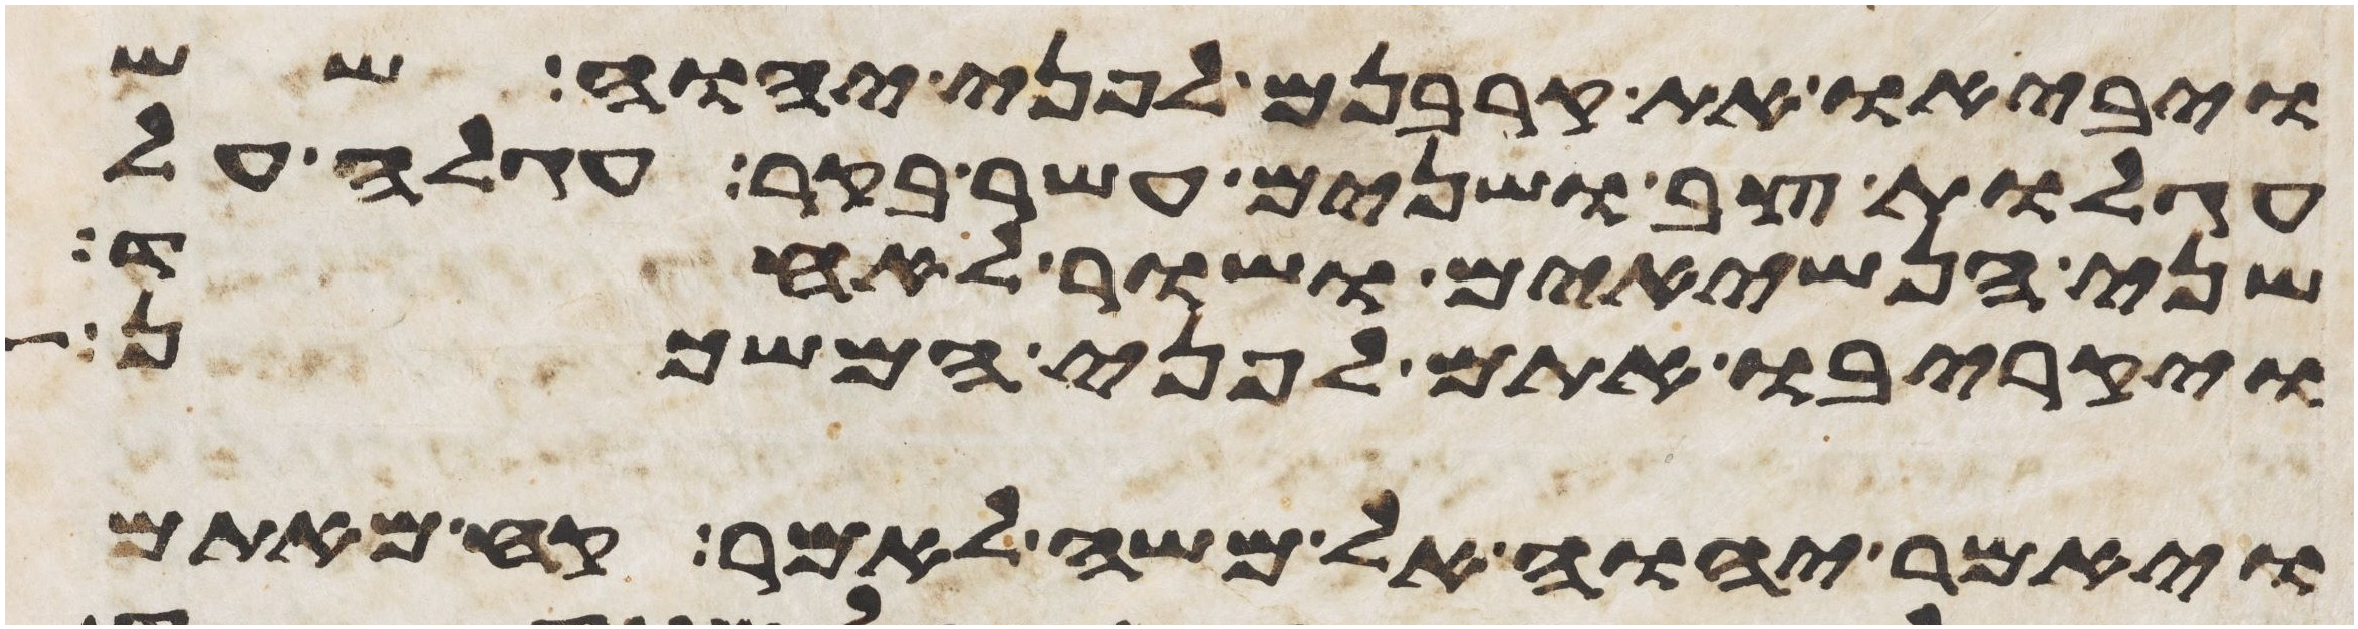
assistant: ויביאו את קרבנם לפני יהוה שש
עגלות צב ושנים עשר בקר עגלה על
שני הנשיאים ושור לאחד
ויקריבו אתם לפני המשכן
ויאמר יהוה אל משה לאמר קח מאתם